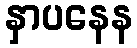
နှာပနေန